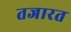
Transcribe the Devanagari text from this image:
तजारत